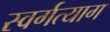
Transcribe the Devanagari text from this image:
स्वर्गत्याग